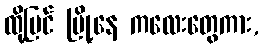
ထို့ပြင် မြို့နေ ကလေးတွေကား,